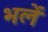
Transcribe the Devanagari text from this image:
भलें